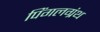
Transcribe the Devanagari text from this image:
पिंगलग्रंथ